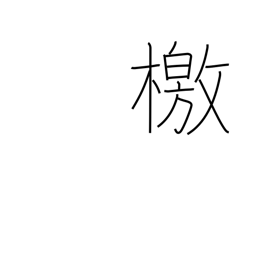
Meaning: manifesto